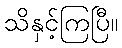
သိနှင့်ကြပြီ။